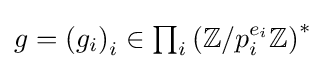
{\textstyle g=\left(g_{i}\right)_{i}\in \prod _{i}\left(\mathbb {Z} /p_{i}^{e_{i}}\mathbb {Z} \right)^{\ast }}